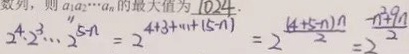
2 ^ { 4 } \cdot 2 ^ { 3 } \cdots 2 ^ { 5 n } = 2 ^ { 4 + 3 + \cdots + ( 5 - n ) } = 2 \frac { ( 4 + 5 - n ) n } { 2 } = \frac { - n ^ { 2 } + 9 n } { 2 ^ { 2 } }